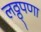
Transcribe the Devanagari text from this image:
लठ्ठ्पणा